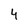
Character: 4